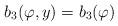
LaTeX: \begin{align*}b_{3}(\varphi, y)=b_3(\varphi)\end{align*}